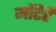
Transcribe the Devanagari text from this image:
मोंटेर्रे